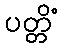
ပတ္တိံ